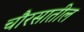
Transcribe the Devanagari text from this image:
चौरसातील